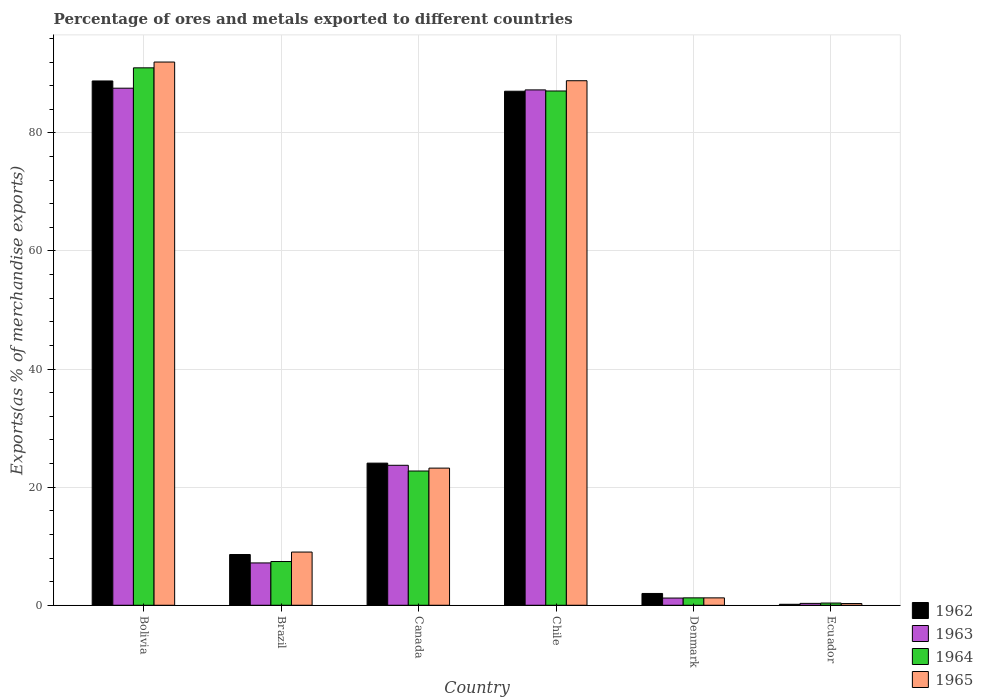
| Country | 1962 | 1963 | 1964 | 1965 |
 | --- | --- | --- | --- | --- |
 | Bolivia | 88.8 | 87.6 | 91 | 92 |
 | Brazil | 8.59 | 7.17 | 7.41 | 9.01 |
 | Canada | 24.1 | 23.7 | 22.7 | 23.2 |
 | Chile | 87.1 | 87.3 | 87.1 | 88.8 |
 | Denmark | 2 | 1.22 | 1.25 | 1.25 |
 | Ecuador | 0.166 | 0.319 | 0.376 | 0.292 |